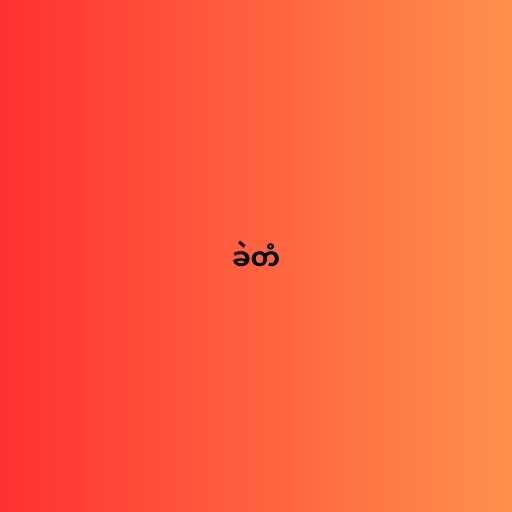
ခဲတံ